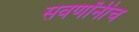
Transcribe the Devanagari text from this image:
सवर्णांनीच